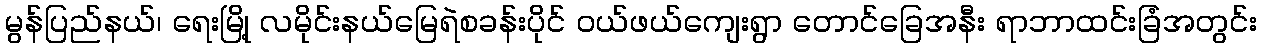
မွန်ပြည်နယ်၊ ရေးမြို့ လမိုင်းနယ်မြေရဲစခန်းပိုင် ဝယ်ဖယ်ကျေးရွာ တောင်ခြေအနီး ရာဘာထင်းခြံအတွင်း